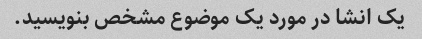
یک انشا در مورد یک موضوع مشخص بنویسید.